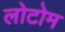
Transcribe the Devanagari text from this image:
लोटोम